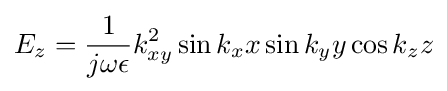
E_{z}={\frac {1}{j\omega \epsilon }}k_{xy}^{2}\sin k_{x}x\sin k_{y}y\cos k_{z}z